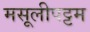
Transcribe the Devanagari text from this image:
मसूलीपट्टम